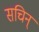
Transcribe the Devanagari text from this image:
सचिन्